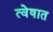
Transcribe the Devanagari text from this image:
त्वेषात